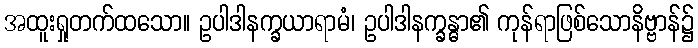
အထူးရှုတက်ထသော။ ဥပါဒါနက္ခယာရာမံ၊ ဥပါဒါနက္ခန္ဓာ၏ ကုန်ရာဖြစ်သောနိဗ္ဗာန်၌